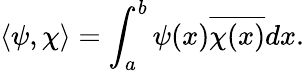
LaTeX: \left\langle\psi,\chi\right\rangle=\int_{a}^{b}\psi(x){\overline{{\chi(x)}}}dx.